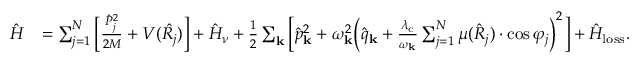
\begin{array} { r l } { \hat { H } } & { = \sum _ { j = 1 } ^ { N } \Big [ \frac { \hat { P } _ { j } ^ { 2 } } { 2 M } + V ( \hat { R _ { j } } ) \Big ] + \hat { H } _ { \nu } + \frac { 1 } { 2 } \sum _ { \mathbf { k } } \Big [ \hat { p } _ { \mathrm { \mathbf { k } } } ^ { 2 } + \omega _ { \mathbf { k } } ^ { 2 } \Big ( \hat { q } _ { \mathrm { \mathbf { k } } } + { \frac { \lambda _ { \mathrm { c } } } { \omega _ { \bf k } } } \sum _ { j = 1 } ^ { N } \mu ( \hat { R } _ { j } ) \cdot \cos \varphi _ { j } \Big ) ^ { 2 } \Big ] + \hat { H } _ { \mathrm { l o s s } } . } \end{array}